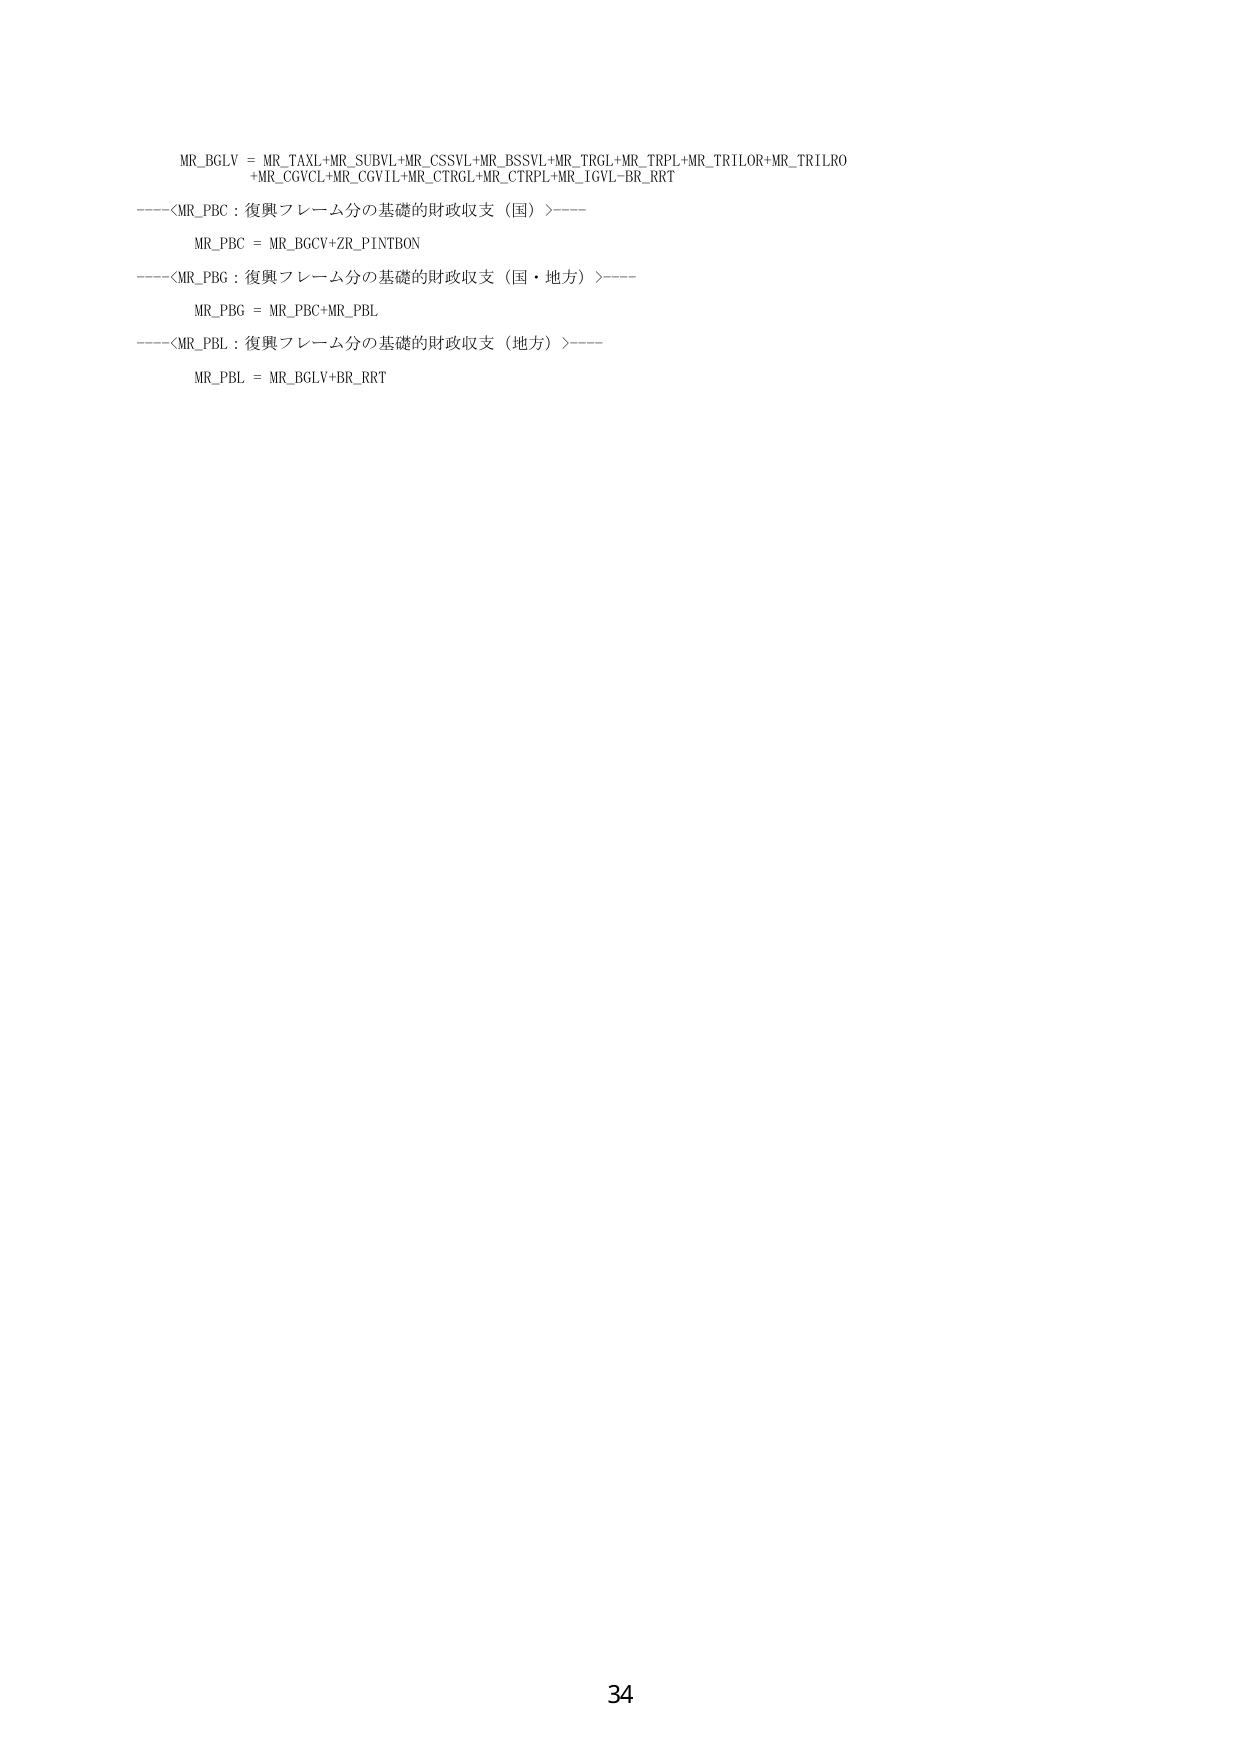
MR_BGLV = MR_TAXL+MR_SUBVL+MR_CSSVL+MR_BSSVL+MR_TRGL+MR_TRPL+MR_TRILOR+MR_TRILRO
+MR_CGVCIL+MR_CGVIL+MR_CTRGL+MR_CTRPL+MR_IGVL-BR_RRT
----<MR_PBC：復興フレーム分の基礎的財政収支（国）>----
MR_PBC = MR_BGCV+ZR_PINTBON
----<MR_PBG：復興フレーム分の基礎的財政収支（国・地方）>----
MR_PBG = MR_PBC+MR_PBL
----<MR_PBL：復興フレーム分の基礎的財政収支（地方）>----
MR_PBL = MR_BGLV+BR_RRT
34